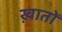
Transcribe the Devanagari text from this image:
ख़ातों